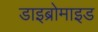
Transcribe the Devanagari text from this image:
डाइब्रोमाइड